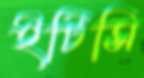
ইটিসি